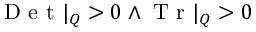
\mathrm { ~ D ~ e ~ t ~ } | _ { Q } > 0 \land \mathrm { ~ T ~ r ~ } | _ { Q } > 0